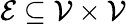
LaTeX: {\mathcal{E}}\subseteq{\mathcal{V}}\times{\mathcal{V}}